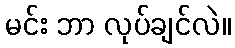
မင်း ဘာ လုပ်ချင်လဲ။